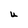
Character: U